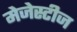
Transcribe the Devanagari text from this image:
मेजेस्टीज